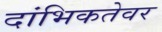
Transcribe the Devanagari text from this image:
दांभिकतेवर